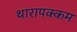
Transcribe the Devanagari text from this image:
थारापक्कम